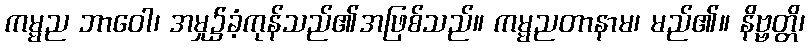
ကမ္မည ဘာဝေါ၊ အမှု၌ခံ့ကုန်သည်၏အဖြစ်သည်။ ကမ္မညတာနာမ၊ မည်၏။ နိဗ္ဗတ္တိ၊